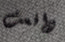
دافعت